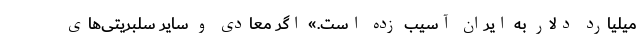
میلیارد دلار به ایران آسیب زده است.» اگر معادی و سایر سلبریتی‌های